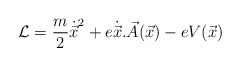
\begin{align*}{\cal {L}} = \frac{m}{2}{\dot{\vec{x}}}^2 + e\dot{\vec{x}}.\vec{A}(\vec{x})-eV(\vec{x})\end{align*}